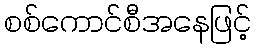
စစ်ကောင်စီအနေဖြင့်